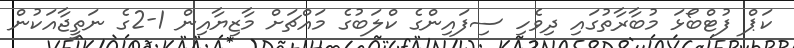
ކަޕް ފުޓްބޯޅަ މުބާރާތުގައި ދިވެހި ސިފައިންގެ ކްލަބުގެ މައްޗަށް މާޒިޔާއިން 1-2ގެ ނަތީޖާއަކުން